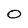
Character: O